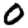
Digit: 0